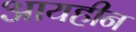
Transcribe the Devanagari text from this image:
आयहीन